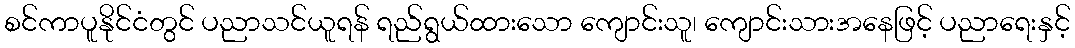
စင်ကာပူနိုင်ငံတွင် ပညာသင်ယူရန် ရည်ရွယ်ထားသော ကျောင်းသူ၊ ကျောင်းသားအနေဖြင့် ပညာရေးနှင့်